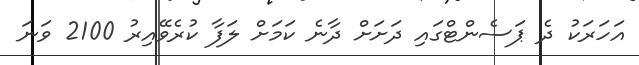
އަހަރަކު ދެ ޕަސެންޓްގައި ދަށަށް ދާނެ ކަމަށް ލަފާ ކުރެވޭއިރު 2100 ވަނަ